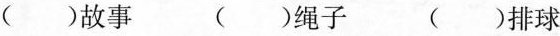
( )故事 ( )绳子 ( )排球